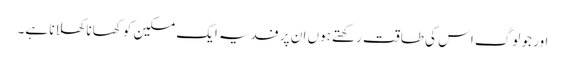
اور جو لوگ اس کی طاقت رکھتے ہوں ان پر فدیہ ایک مسکین کو کھانا کھلانا ہے۔